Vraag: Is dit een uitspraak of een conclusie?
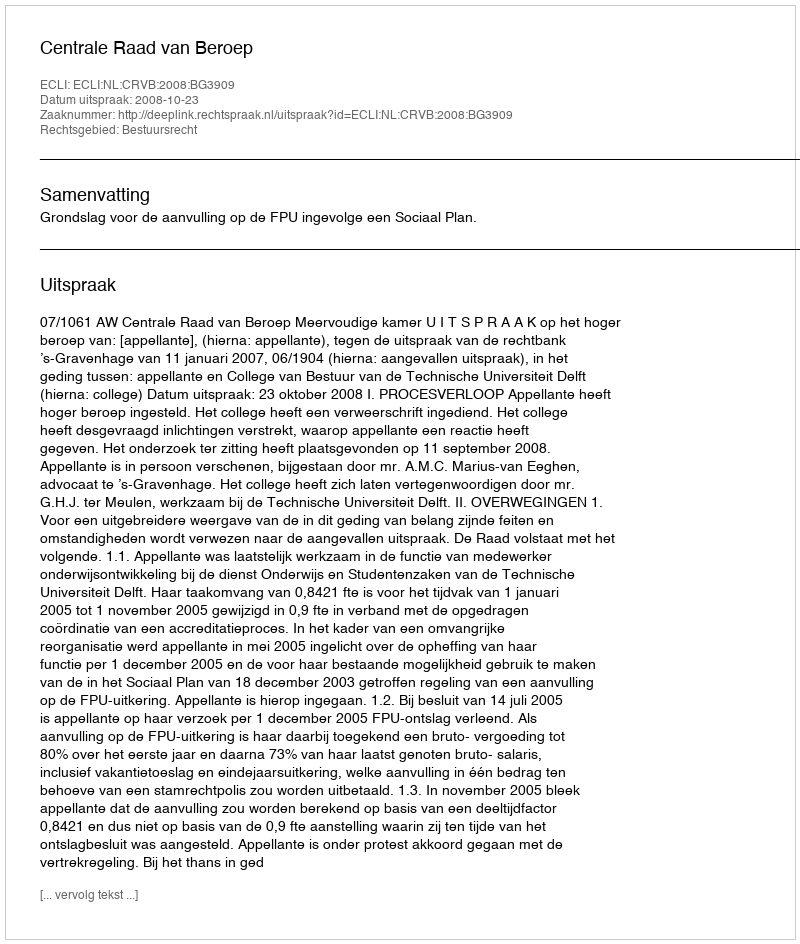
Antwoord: Uitspraak